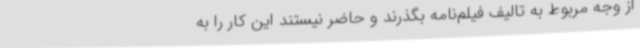
از وجه مربوط به تالیف فیلم‌نامه بگذرند و حاضر نیستند این کار را به